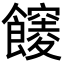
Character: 𩟒